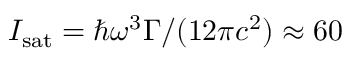
I _ { \mathrm { s a t } } = \hbar \omega ^ { 3 } \Gamma / ( 1 2 \pi c ^ { 2 } ) \approx 6 0